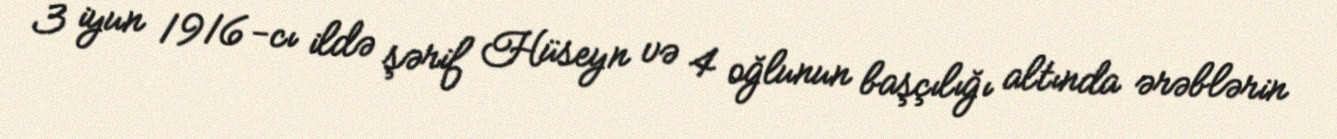
3 iyun 1916-cı ildə şərif Hüseyn və 4 oğlunun başçılığı altında ərəblərin